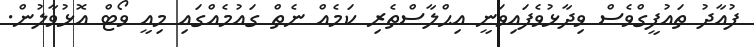
ފުއާދު ތައުފީގްވެސް ވިދާޅުވެފައިވަނީ އިޙްލާސްތެރި ކަމެއް ނެތް ގައުމެއްގައި މިއީ ވޯޓް އޮޅުވާލުން.